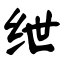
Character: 绁